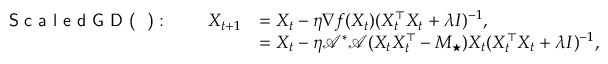
\begin{array} { r l } { \textsf { S c a l e d G D ( \lambda ) : } \qquad X _ { t + 1 } } & { = X _ { t } - \eta \nabla f ( X _ { t } ) ( X _ { t } ^ { \top } X _ { t } + \lambda I ) ^ { - 1 } , } \\ & { = X _ { t } - \eta \mathcal { A ^ { * } A } ( X _ { t } X _ { t } ^ { \top } - M _ { \star } ) X _ { t } ( X _ { t } ^ { \top } X _ { t } + \lambda I ) ^ { - 1 } , } \end{array}